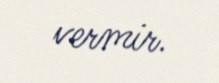
vermir.